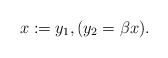
\begin{align*} x := y_1, (y_2 = \beta x). \end{align*}